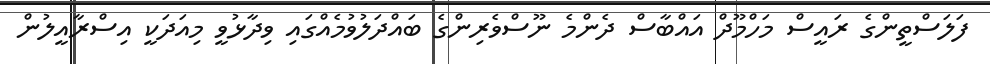
ފަލަސްތީންގެ ރައީސް މަހްމޫދް އައްބާސް ދެންމެ ނޫސްވެރިންގެ ބައްދަލުވުމެއްގައި ވިދާޅުވީ މިއަދަކީ އިސްރާއީލުން